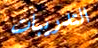
التدريبات